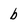
Character: b